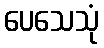
ပေသေသုံ